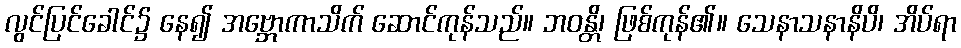
လွင်ပြင်ခေါင်၌ နေ၍ အဗ္ဘောကာသိက် ဆောင်ကုန်သည်။ ဘဝန္တိ၊ ဖြစ်ကုန်၏။ သေနာသနာနိပိ၊ အိပ်ရာ